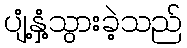
ပျံ့နှံ့သွားခဲ့သည်